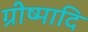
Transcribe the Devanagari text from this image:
ग्रीष्मादि